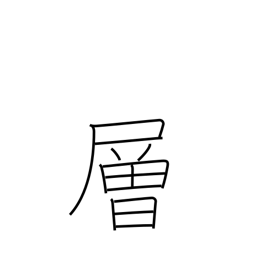
Meaning: story